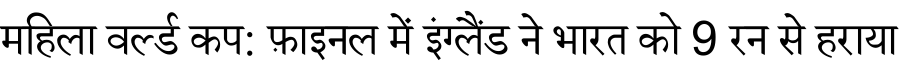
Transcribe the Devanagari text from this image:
महिला वर्ल्ड कप: फ़ाइनल में इंग्लैंड ने भारत को 9 रन से हराया